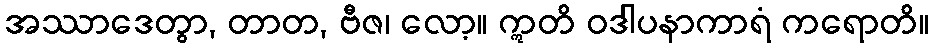
အဿာဒေတွာ, တာတ, ဗီဇ၊ လော့။ ဣတိ ဝဒါပနာကာရံ ကရောတိ။